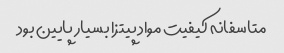
متاسفانه کیفیت مواد پیتزا بسیار پایین بود